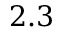
2 . 3